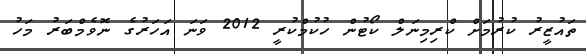
ތައުޒީރު ކުރުމަށް ކްރިމިނަލް ކޯޓުން ހުކުމްކުރީ 2012 ވަނަ އަހަރުގެ ނޮވެމްބަރު މަހު